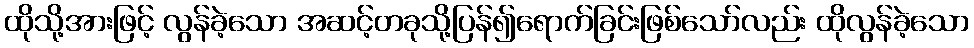
ထိုသို့အားဖြင့် လွန်ခဲ့သော အဆင့်တခုသို့ပြန်၍ရောက်ခြင်းဖြစ်သော်လည်း ထိုလွန်ခဲ့သော